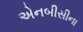
એનબીસીના